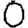
Digit: 0